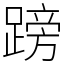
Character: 䠙